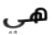
هي